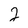
Character: 2